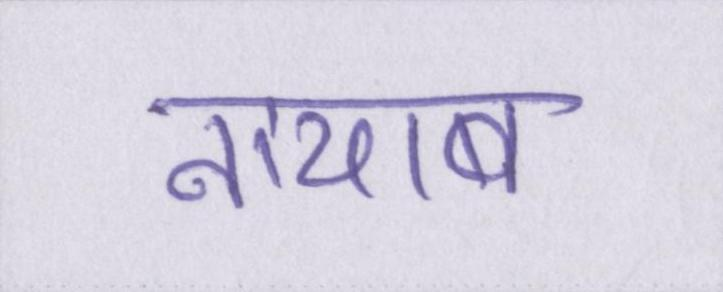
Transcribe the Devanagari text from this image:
नायाब